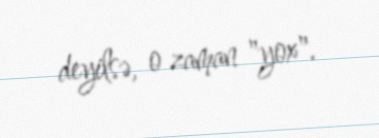
deyilsə, o zaman "yox".